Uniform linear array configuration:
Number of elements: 32
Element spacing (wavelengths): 0.25
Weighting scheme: uniform
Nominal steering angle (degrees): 45
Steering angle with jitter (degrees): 44.003
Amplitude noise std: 0.05
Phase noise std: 0.05

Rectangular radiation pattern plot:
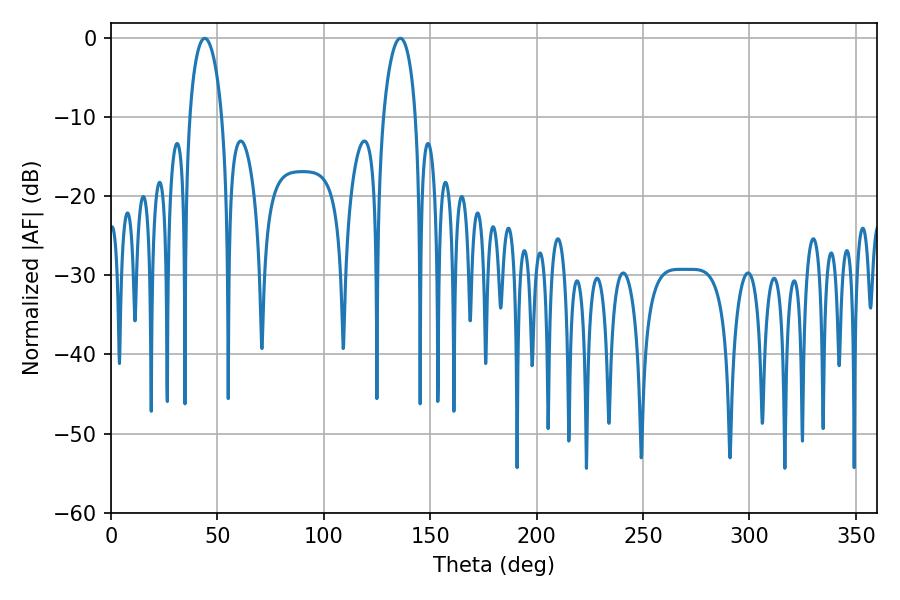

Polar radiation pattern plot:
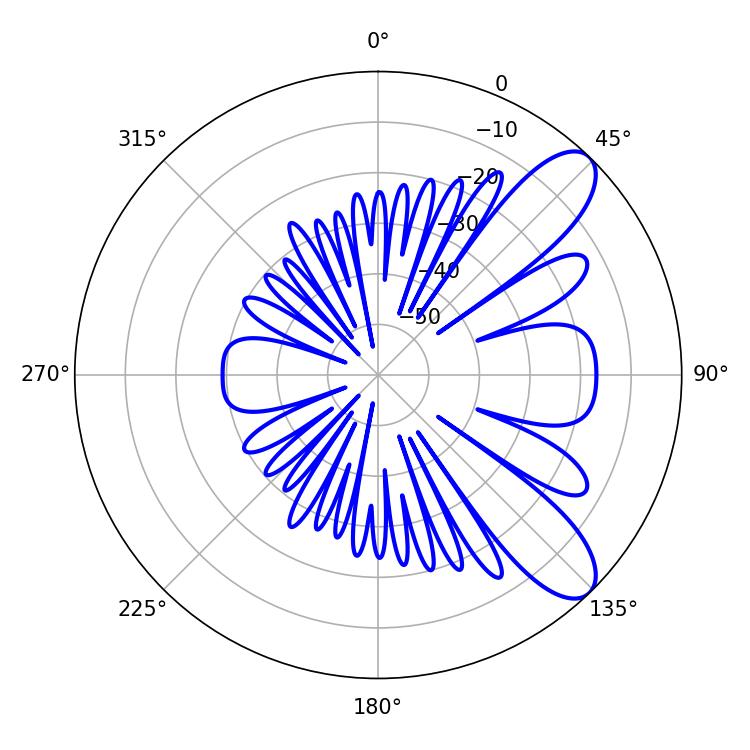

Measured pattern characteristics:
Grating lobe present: FALSE
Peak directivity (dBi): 9.122
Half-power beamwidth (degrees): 8.82
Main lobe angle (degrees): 44.1